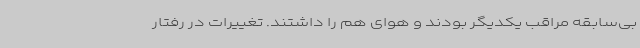
بی‌سابقه مراقب یکدیگر بودند و هوای هم را داشتند. تغییرات در رفتار